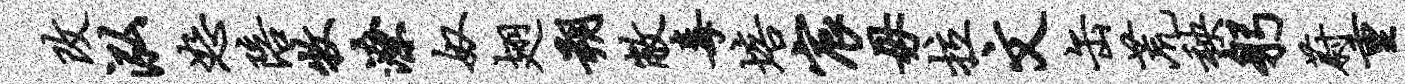
改泓恕陪牧潦奴翅朔敝毒培宸毋拉文缶荒秧躬蔚重